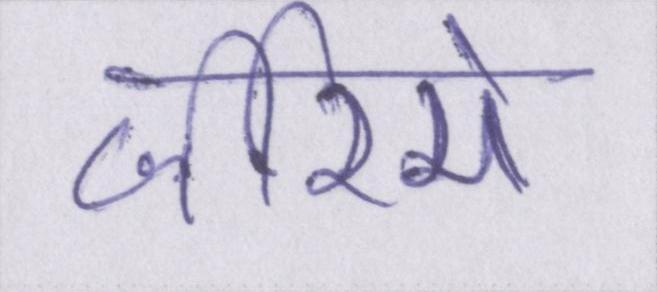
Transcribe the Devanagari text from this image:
जरिये